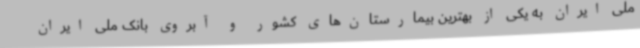
ملی ایران به یکی از بهترین بیمارستان‌های کشور و آبروی بانک ملی ایران